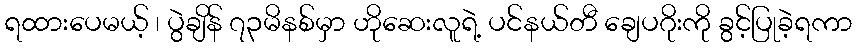
ရထားပေမယ့် ၊ ပွဲချိန် ၇၃မိနစ်မှာ ဟိုဆေးလူရဲ့ ပင်နယ်တီ ချေပဂိုးကို ခွင့်ပြုခဲ့ရကာ